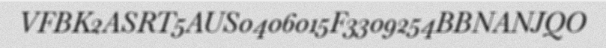
VFBK2ASRT5AUS0406015F3309254BBNANJQO